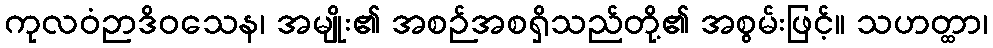
ကုလဝံဉာဒိဝသေန၊ အမျိုး၏ အစဉ်အစရှိသည်တို့၏ အစွမ်းဖြင့်။ သဟတ္ထာ၊